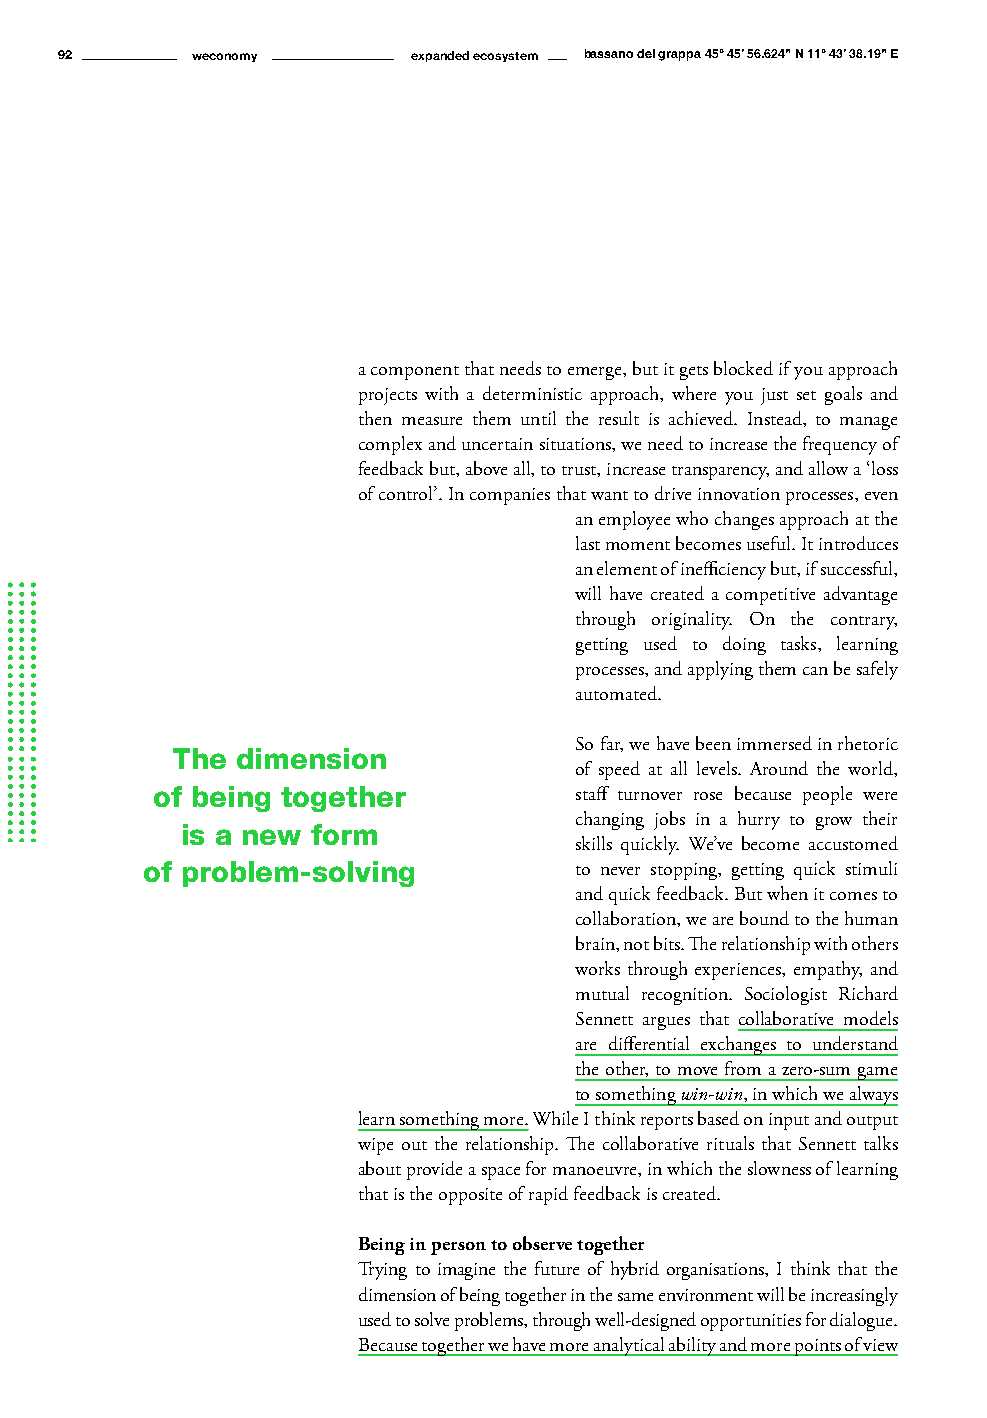
92       weconomy      expanded ecosystem bassano del grappa 45° 45’ 56.624" N 11° 43’ 38.19" E
 a component that needs to emerge, but it gets blocked if you approach
 projects with a deterministic approach, where you just set goals and
 then measure them until the result is achieved. Instead, to manage
 complex and uncertain situations, we need to increase the frequency of
 feedback but, above all, to trust, increase transparency, and allow a ‘loss
 of control’. In companies that want to drive innovation processes, even
 an employee who changes approach at the
 last moment becomes useful. It introduces
 an element of inefficiency but, if successful,
 will have created a competitive advantage
 through originality. On the contrary,
 getting used to doing tasks, learning
 processes, and applying them can be safely
 automated.
 So far, we have been immersed in rhetoric
 The  dimension
 of speed at all levels. Around the world,
 of being together           staff turnover rose because people were
 changing jobs in a hurry to grow their
 is a new form
 skills quickly. We’ve become accustomed
 of problem-solving           to never stopping, getting quick stimuli
 and quick feedback. But when it comes to
 collaboration, we are bound to the human
 brain, not bits. The relationship with others
 works through experiences, empathy, and
 mutual recognition. Sociologist Richard
 Sennett argues that collaborative models
 are differential exchanges to understand
 the other, to move from a zero-sum game
 to something win-win, in which we always
 learn something more. While I think reports based on input and output
 wipe out the relationship. The collaborative rituals that Sennett talks
 about provide a space for manoeuvre, in which the slowness of learning
 that is the opposite of rapid feedback is created.
 Being in person to observe together
 Trying to imagine the future of hybrid organisations, I think that the
 dimension of being together in the same environment will be increasingly
 used to solve problems, through well-designed opportunities for dialogue.
 Because together we have more analytical ability and more points of view